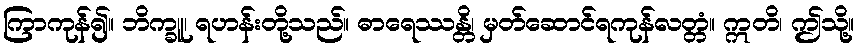
ကြာကုန်၍။ ဘိက္ခူ၊ ရဟန်းတို့သည်။ ဓာရေဿန္တိ၊ မှတ်ဆောင်ရကုန်လတ္တံ။ ဣတိ၊ ဤသို့။